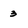
Character: 3